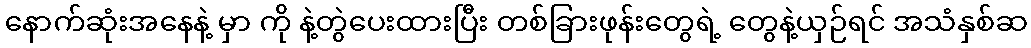
နောက်ဆုံးအနေနဲ့ မှာ ကို နဲ့တွဲပေးထားပြီး တစ်ခြားဖုန်းတွေရဲ့ တွေနဲ့ယှဉ်ရင် အသံနှစ်ဆ